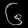
Digit: ၆